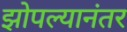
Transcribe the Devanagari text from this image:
झोपल्यानंतर